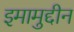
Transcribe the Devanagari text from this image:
इमामुद्दीन